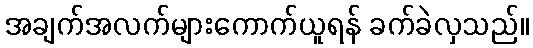
အချက်အလက်များကောက်ယူရန် ခက်ခဲလှသည်။